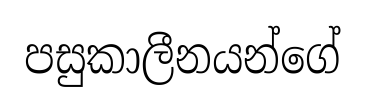
පසුකාලීනයන්ගේ